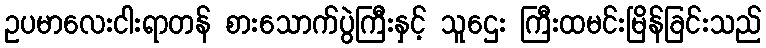
ဥပမာလေးငါးရာတန် စားသောက်ပွဲကြီးနှင့် သူဌေး ကြီးထမင်းမြိန်ခြင်းသည်